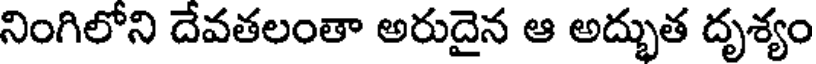
నింగిలోని దేవతలంతా అరుదైన ఆ అద్భుత దృశ్యం